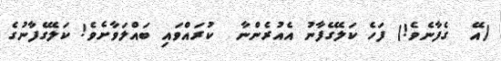
(އޭ  ގެފާނެވެ!) ފަހެ ކަލޭގެފާނު އެއުރެންނާ  ކުރައްވައި ބައްލަވާށެވެ! ކަލޭގެފާނުގެ